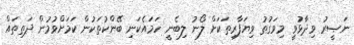
ނަޞީރު ވިދާޅުވީ މިވަގުތު ވިޔަފާރިތަކަށް ލޯނު ލިބެނީ ހަމައެކަނި ބޭންކުތަކުން ކަމަށްވުމުން ދަތިތައް